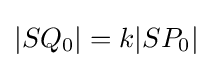
|SQ_{0}|=k|SP_{0}|